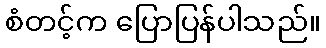
စံတင့်က ပြောပြန်ပါသည်။